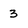
Character: 3